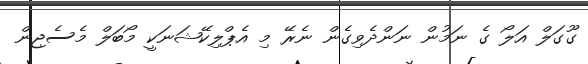
ގޫގަލް އަލޯ ގެ ނަމުން ނަންދެވިގެން ނެރޭ މި އެޕްލިކޭޝަނަކީ މޯބަލް މެސެޖިން